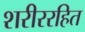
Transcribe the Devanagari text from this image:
शरीररहित